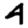
Digit: 4